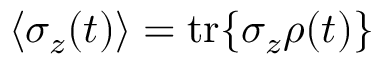
\langle \sigma _ { z } ( t ) \rangle = \mathrm { t r } \{ \sigma _ { z } \rho ( t ) \}